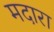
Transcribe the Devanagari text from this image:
मदारा